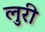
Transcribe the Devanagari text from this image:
लुरी